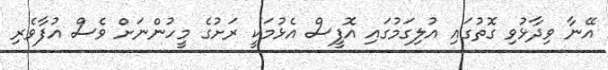
އޭނާ ވިދާޅުވި ގޮތުގައި އުލިގަމުގައި އޮފީސް އެޅުމަކީ ރަށުގެ މީހުންނަށް ވެސް އުފާވެރި